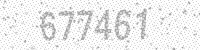
Solution: 677461